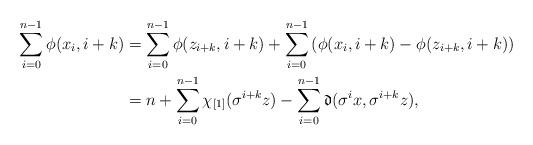
LaTeX: \begin{align*}\sum_{i=0}^{n-1}\phi(x_i,i+k)& = \sum_{i=0}^{n-1}\phi(z_{i+k},i+k) + \sum_{i=0}^{n-1} \left(\phi(x_i,i+k)-\phi(z_{i+k},i+k)\right)\\&= n +\sum_{i=0}^{n-1} \chi_{[1]}(\sigma^{i+k}z) - \sum_{i=0}^{n-1}\mathfrak{d}(\sigma^ix,\sigma^{i+k}z),\end{align*}